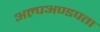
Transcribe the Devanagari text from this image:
अल्पअण्डपता